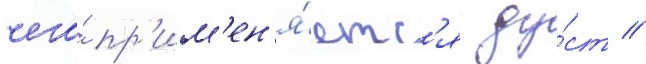
чего́ пр'им'ен'я́етс'я ду́ст //